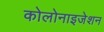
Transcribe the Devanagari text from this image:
कोलोनाइजेशन